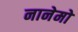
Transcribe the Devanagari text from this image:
नानेमो